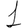
Digit: 1